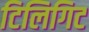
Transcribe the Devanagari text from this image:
टिलिगिट